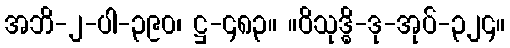
အဘိ-၂-ပါ-၃၉၀၊ ဋ္ဌ-၄၈၃။ ။ဝိသုဒ္ဓိ-ဒု-အုပ်-၃၂၄။